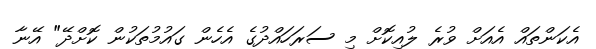
އެކަންތައް އެއަށް ވުރެ ލުއިކޮށް މި ސަރަހައްދުގެ އެހެން ގައުމުތަކުން ކޮށްދޭ" އޭނާ